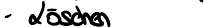
Löschen